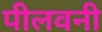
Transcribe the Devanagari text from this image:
पीलवनी